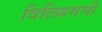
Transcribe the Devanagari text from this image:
विलियमची